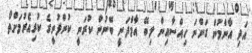
އަދި އާންމުން ގަންނަ ހިއްސާއިން ލިބޭ އާމްދަނީ ބޭނުން ކުރަނީ ކުންފުނީގެ ކުރިއެރުމަށްތޯ